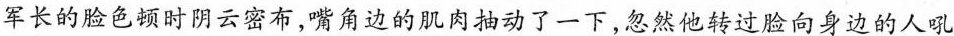
军长的脸色顿时阴云密布，嘴角边的肌肉抽动了一下，忽然他转过脸向身边的人吼